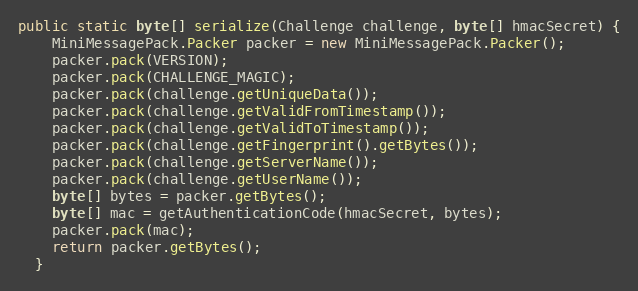
Language: Java
public static byte[] serialize(Challenge challenge, byte[] hmacSecret) {
    MiniMessagePack.Packer packer = new MiniMessagePack.Packer();
    packer.pack(VERSION);
    packer.pack(CHALLENGE_MAGIC);
    packer.pack(challenge.getUniqueData());
    packer.pack(challenge.getValidFromTimestamp());
    packer.pack(challenge.getValidToTimestamp());
    packer.pack(challenge.getFingerprint().getBytes());
    packer.pack(challenge.getServerName());
    packer.pack(challenge.getUserName());
    byte[] bytes = packer.getBytes();
    byte[] mac = getAuthenticationCode(hmacSecret, bytes);
    packer.pack(mac);
    return packer.getBytes();
  }